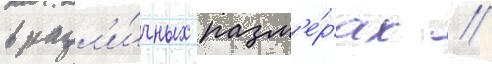
в разл'и́чных разм'е́рах //